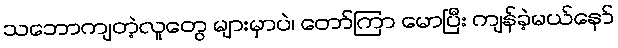
သဘောကျတဲ့လူတွေ များမှာပဲ၊ တော်ကြာ မောပြီး ကျန်ခဲ့မယ်နော်